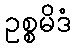
ဥစ္စမိဒံ